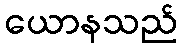
ယောနသည်